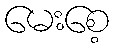
မေးစေ့